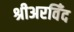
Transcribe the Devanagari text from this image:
श्रीअरविँद